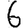
Digit: 6